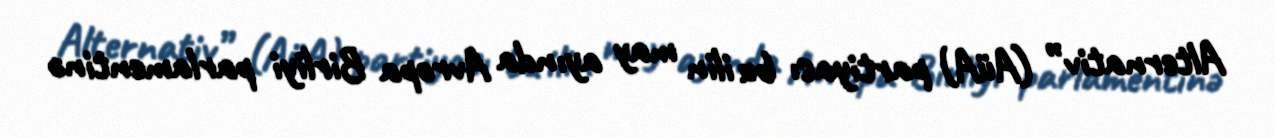
Alternativ” (AüA) partiyası bu ilin may ayında Avropa Birliyi parlamentinə